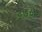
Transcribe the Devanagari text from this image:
३७८७